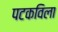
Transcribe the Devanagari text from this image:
पटकविला